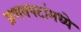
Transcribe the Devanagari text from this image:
प्रणयपटांमध्ये